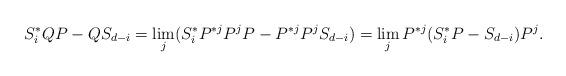
LaTeX: \begin{align*}S_i^*QP-QS_{d-i}=\lim_j (S_i^*P^{* j}P^jP-P^{* j}P^jS_{d-i})=\lim_jP^{* j}(S_i^*P-S_{d-i})P^j.\end{align*}